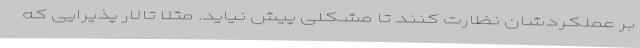
بر عملکردشان نظارت کنند تا مشکلی پیش نیاید. مثلا تالار پذیرایی که